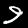
Digit: 9